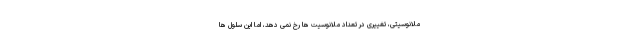
ملانوسیتی، تغییری در تعداد ملانوسیت ها رخ نمی دهد، اما این سلول ها